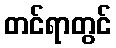
တင်ရာတွင်